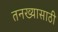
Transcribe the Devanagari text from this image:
तनख्यासाठी